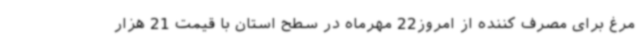
مرغ برای مصرف کننده از امروز22 مهرماه در سطح استان با قیمت 21 هزار